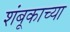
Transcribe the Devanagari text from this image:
शंबूकाच्या